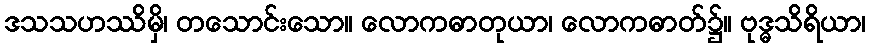
ဒသသဟဿိမှိ၊ တသောင်းသော။ လောကဓာတုယာ၊ လောကဓာတ်၌။ ဗုဒ္ဓသိရိယာ၊